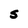
Character: S